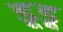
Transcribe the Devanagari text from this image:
डूडू